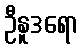
ဦနူဒရော